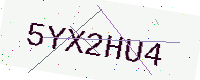
Text: 5YX2HU4